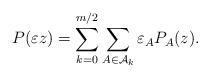
LaTeX: \begin{align*}P(\varepsilon z)=\sum_{k=0}^{m/2}\sum_{A\in \mathcal{A}_k}\varepsilon_A P_A(z).\end{align*}